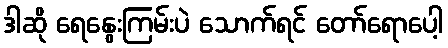
ဒါဆို ရေနွေးကြမ်းပဲ သောက်ရင် တော်ရောပေါ့